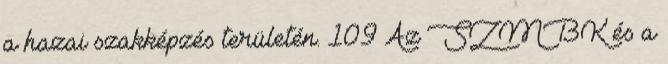
a hazai szakképzés területén. 109 Az SZMBK és a